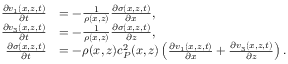
\begin{array} { r l } { \frac { \partial v _ { 1 } ( x , z , t ) } { \partial t } } & { = - \frac { 1 } { \rho ( x , z ) } \frac { \partial \sigma ( x , z , t ) } { \partial x } , } \\ { \frac { \partial v _ { 3 } ( x , z , t ) } { \partial t } } & { = - \frac { 1 } { \rho ( x , z ) } \frac { \partial \sigma ( x , z , t ) } { \partial z } , } \\ { \frac { \partial \sigma ( x , z , t ) } { \partial t } } & { = - \rho ( x , z ) c _ { P } ^ { 2 } ( x , z ) \left( \frac { \partial v _ { 1 } ( x , z , t ) } { \partial x } + \frac { \partial v _ { 3 } ( x , z , t ) } { \partial z } \right) . } \end{array}